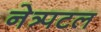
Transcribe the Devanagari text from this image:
नेत्र्पटल